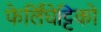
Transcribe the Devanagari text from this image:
फेर्लिंघेट्टिको